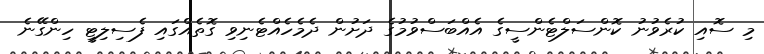
މި ސޮއި ކުރެވުނު ކޮންސަލްޓެންސީގެ އެއްބަސްވުމުގެ ދަށުން ދެމެހެއްޓެނިވި ގޮތެއްގައި ފެސިލިޓީ ހިންގޭނެ